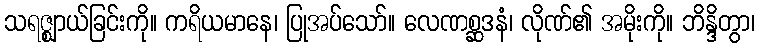
သရဇ္ဈာယ်ခြင်းကို။ ကရိယမာနေ၊ ပြုအပ်သော်။ လေဏစ္ဆဒနံ၊ လိုဏ်၏ အမိုးကို။ ဘိန္ဒိတွာ၊